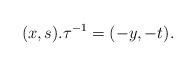
LaTeX: \begin{align*}(x,s) . \tau^{-1} &= (-y, -t) .\end{align*}